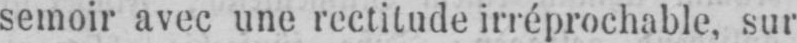
semoir avec une rectitude irréprochable, sur